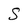
Character: S